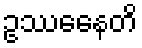
ဥဿေနေတိ